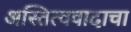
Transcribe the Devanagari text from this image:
अस्तित्ववादाचा